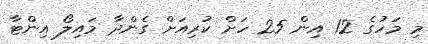
މި މަހުގެ 12 އިން 25 ހަށް ކުރިއަށް ގެންދާ މައިލޯ އިންޓާ